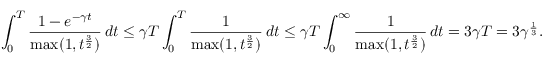
\int _ { 0 } ^ { T } \frac { 1 - e ^ { - \gamma t } } { \operatorname* { m a x } ( 1 , t ^ { \frac { 3 } { 2 } } ) } \, d t \leq \gamma T \int _ { 0 } ^ { T } \frac { 1 } { \operatorname* { m a x } ( 1 , t ^ { \frac { 3 } { 2 } } ) } \, d t \leq \gamma T \int _ { 0 } ^ { \infty } \frac { 1 } { \operatorname* { m a x } ( 1 , t ^ { \frac { 3 } { 2 } } ) } \, d t = 3 \gamma T = 3 \gamma ^ { \frac { 1 } { 3 } } .